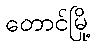
တောင်မြို့